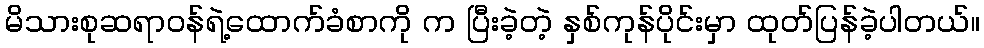
မိသားစုဆရာဝန်ရဲ့ထောက်ခံစာကို က ပြီးခဲ့တဲ့ နှစ်ကုန်ပိုင်းမှာ ထုတ်ပြန်ခဲ့ပါတယ်။